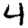
Digit: 4